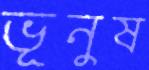
ভূনুষ